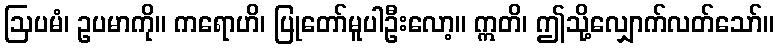
ဩပမံ၊ ဥပမာကို။ ကရောဟိ၊ ပြုတော်မူပါဦးလော့။ ဣတိ၊ ဤသို့လျှောက်လတ်သော်။